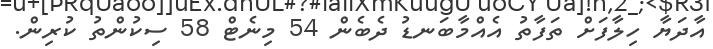
އާދަޔާ ހިލާފަށް ތަފާތު އެއްމާބަނޑު ދެބެން 54 މިނެޓް 58 ސިކުންތު ކުރިން.